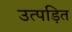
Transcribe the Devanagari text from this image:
उत्पड़ित